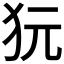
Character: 𤝌